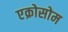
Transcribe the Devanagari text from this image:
एक्रोसोम